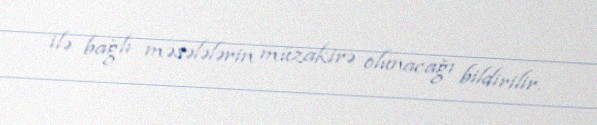
ilə bağlı məsələlərin müzakirə olunacağı bildirilir.